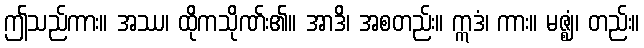
ဤသည်ကား။ အဿ၊ ထိုကသိုဏ်း၏။ အာဒိ၊ အစတည်း။ ဣဒံ၊ ကား။ မဇ္ဈံ၊ တည်း။